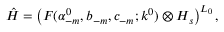
\hat { \cal H } = \left( { \cal F } ( \alpha _ { - m } ^ { 0 } , b _ { - m } , c _ { - m } ; k ^ { 0 } ) \otimes { \cal H } _ { s } \right) ^ { L _ { 0 } } ,